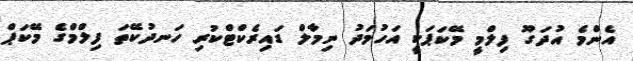
އެންމެ އުދަގޫ ފިލްމީ މޭކަޕަކީ އަހުމަދު ނިމާލް ޑައިރެކްޓްކުރި ހަނދުކޭތަ ފިލްމްގެ މޭކަޕް